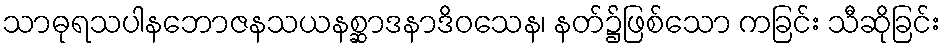
သာဓုရသပါနဘောဇနသယနစ္ဆာဒနာဒိဝသေန၊ နတ်၌ဖြစ်သော ကခြင်း သီဆိုခြင်း